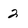
Character: 2